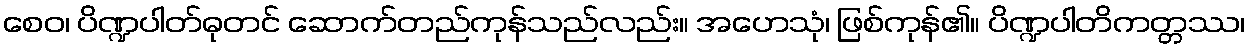
စေဝ၊ ပိဏ္ဍပါတ်ဓုတင် ဆောက်တည်ကုန်သည်လည်း။ အဟေသုံ၊ ဖြစ်ကုန်၏။ ပိဏ္ဍပါတိကတ္တဿ၊